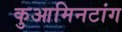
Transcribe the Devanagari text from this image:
कुआमिनटांग